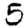
Digit: 5